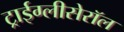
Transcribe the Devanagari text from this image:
ट्राईग्लीसेरॉल